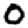
Digit: 0